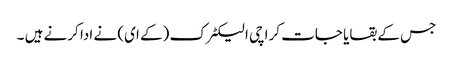
جس کے بقایا جات کراچی الیکٹرک (کے ای) نے ادا کرنے ہیں ۔